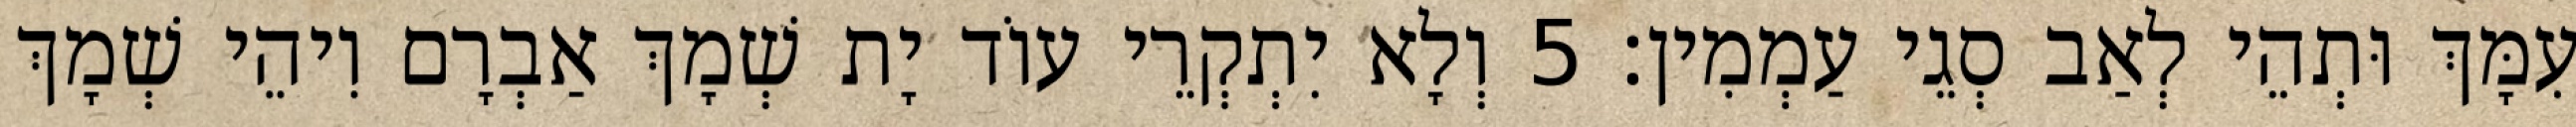
עִמָּךְ וּתְהֵי לְאַב סְגֵי עַמְמִין׃ 5 וְלָא יִתְקְרֵי עוֹד יָת שְׁמָךְ אַבְרָם וִיהֵי שְׁמָךְ